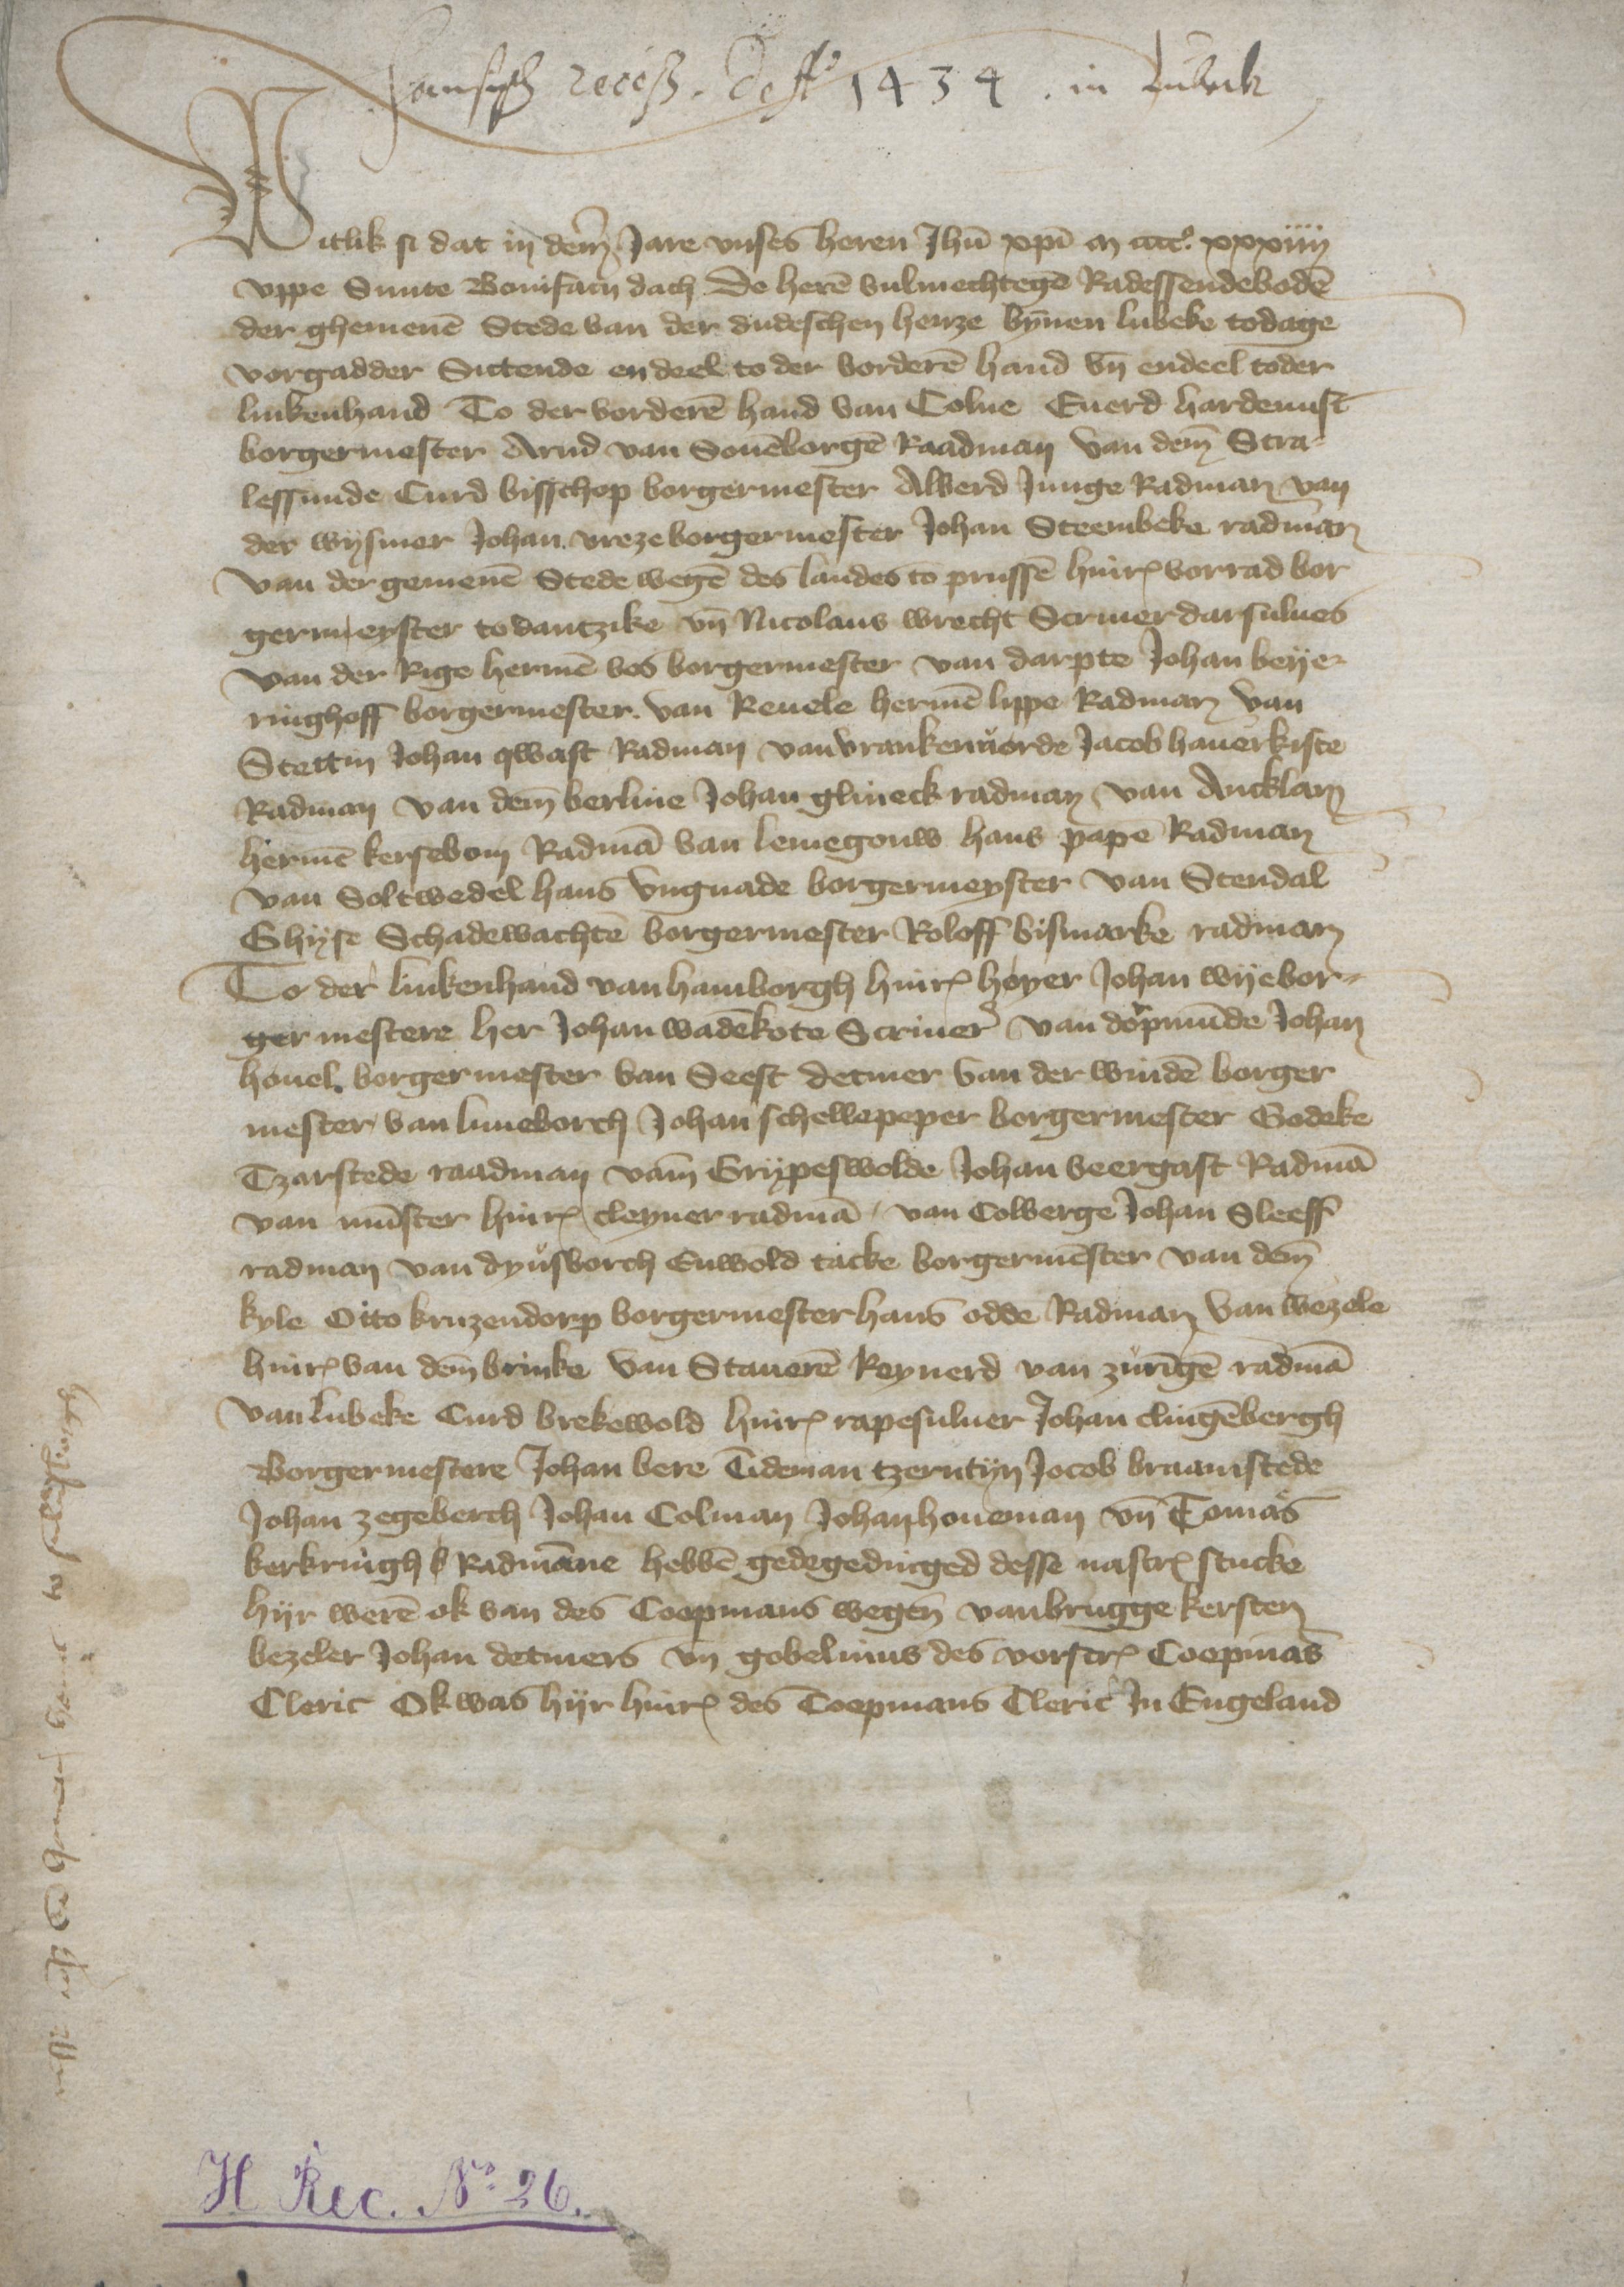
hansisch Receß deff 1434 in Lubeck

W

Witlik si dat in dem Jare vnses heren Jesus Christi m cccco xxxiiij
vppe Sunte Bonifacii dach de heren vulmechtege Radessendeboden
der ghemenen Stede van der dudeschen henze bynnen Lubeke todage
vorgadder Sittende en deel, to der vorderen hand vnd endeel toder
linkenhand. To der vorderen hand van Colne, Euerd Hardemist
borgermester Arnd van Souenborgen Radman van deme Stra¬
lessunde Curd Bisschop borgermester Alberd Jnnge Radman van
der Wysmer Johan Vreze borgermester Johan Steembeke radman
van der gemenen Stede wegen des landes to Prussen Hinrick vorrad bor¬
germeyster to Dantzike vnd Nicolaus Wrecht Scriuer darsulues
van der Rige Hermen Bos borgermester van Darpte Johan Beyer¬
ringhoff borgermester van Reuele Hermen Lippe Radman van
Stettin Johan Qwast Radman van Vrankenuorde Jacob Hauerkiste
Radman van deme Berline Johan Glineck radman van Ancklam
Hermen Kersebom Radman van Lemegouw Hans Pape Radman
van Soltwedel Hans Vngnade borgermeyster van Stendal
Ghyse Schadewachten borgermester Roloff Bismarke radman
To der Linkenhand van Hamborgh Hinrick Hoyer Johan Wye bor¬
germestere her Johan Wadekote Scriuer van Dorpmunde Johan
Houel borgermester van Seest Detmer van der Winden borger¬
mester van Luneborch Johan Schellepeper borgermester Godeke
Tzarstede raadman vame Grypeswolde Johan Veergast Radman
van Munster Hinrick Cleyner radman, van Colberge Johan Sleeff
radman van Dyusborch Enwold Tacke borgermenster van dem
Kyle Otto Kruzendorp borgermester Hans Odde Radman van Wezele
Hinrick van deme Brinke van Staueren Reynerd van Zuringen radman
van Lubeke Curd Brekewold Hinrick Rapesuluer Johan Clingenbergh
Borgermestere Johan Bere Tideman Tzerntyn Jocob Braamstede
Johan Zegeberch Johan Colman Johan Houeman vnd Tomas
Kerkringh Radmanne hebben gedegedinged desse nascreuen stucke
hyr weren ok van des Coopmans wegen vanbrugge Kersten
Bezeler Johan Detmers vnd gobelinus des vorscreuen Coopmans
Cleric Ok was hyr Hinrick des Coopmans Cleric Jn Engeland